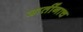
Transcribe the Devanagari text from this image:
जातींनाच